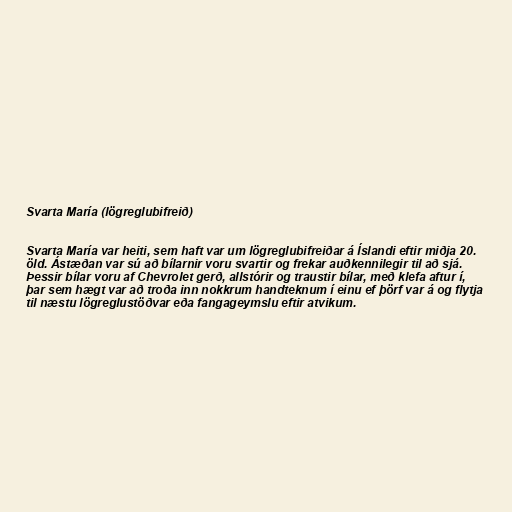
Svarta María (lögreglubifreið)

Svarta María var heiti, sem haft var um lögreglubifreiðar á Íslandi eftir miðja 20.
öld. Ástæðan var sú að bílarnir voru svartir og frekar auðkennilegir til að sjá.
Þessir bílar voru af Chevrolet gerð, allstórir og traustir bílar, með klefa aftur í,
þar sem hægt var að troða inn nokkrum handteknum í einu ef þörf var á og flytja
til næstu lögreglustöðvar eða fangageymslu eftir atvikum.